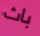
باث